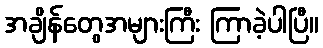
အချိန်တွေအများကြီး ကြာခဲ့ပါပြီ။